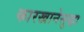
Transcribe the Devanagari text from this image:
कारखानेसुद्धा